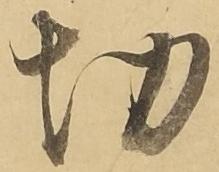
切